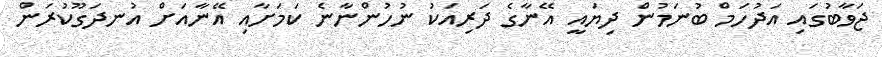
ޖަވާބުގައި އަދުހަމް ބުނަމުން ދިޔައީ އޭނާގެ ދަރިއަކު ނުހުންނާނެ ކަމަށާއި އޭނާއަށް އުނދަގޫކުރަން